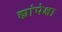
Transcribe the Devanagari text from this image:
ह्यांपेक्षा